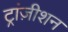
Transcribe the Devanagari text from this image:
ट्रांज़ीशन